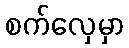
စက်လှေမှာ